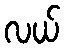
လယ်